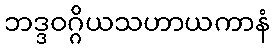
ဘဒ္ဒဝဂ္ဂိယသဟာယကာနံ